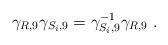
LaTeX: \begin{align*} \gamma_{R,9} \gamma_{S_i,9}=\gamma_{S_i,9}^{-1}\gamma_{R,9}~.\end{align*}